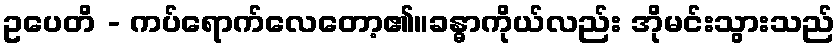
ဥပေတိ - ကပ်ရောက်လေတော့၏။ခန္ဓာကိုယ်လည်း အိုမင်းသွားသည်